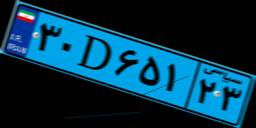
۳۰D۶۵۱۲۳